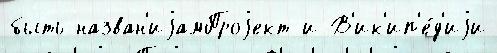
быть назван'иjамПроjект и В'ик'ип'е́д'иjи